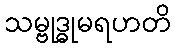
သမ္ဗုဒ္ဓုမရဟတိ